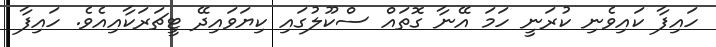
ހައިފާ ކައިވެނި ކުރަނީ ހަމަ އޭނާ ގޮތައް ސްކޫލުގައި ކިޔަވައިދޭ ޓީޗަރަކާއިއެވެ. ހައިފާ